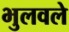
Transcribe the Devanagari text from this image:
भुलवले